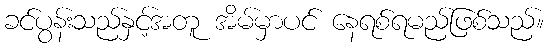
ခင်ပွန်းသည်နှင့်အတူ အိမ်မှာပင် နေရစ်ရမည်ဖြစ်သည်။